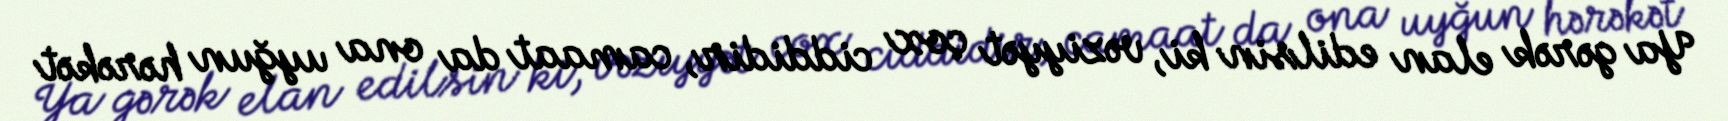
Ya gərək elan edilsin ki, vəziyyət çox ciddidir, camaat da ona uyğun hərəkət